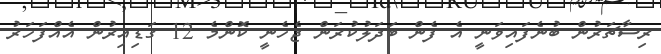
ރިސާޗަރުން ބުނެފައިވަނީ އެ ފެން ބަދަލުކުރަން ޖެހެނީ ކޮންމެ 12 ގަޑިއިރުން އެއްފަހަރު